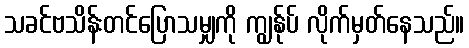
သခင်ဗသိန်းတင်ပြောသမျှကို ကျွန်ုပ် လိုက်မှတ်နေသည်။